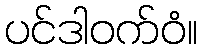
ပင်ဒါဝက်ဝံ။